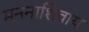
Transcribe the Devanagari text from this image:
मननाशिवाय